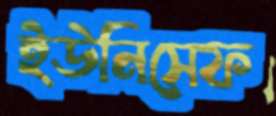
ইউনিসেফ